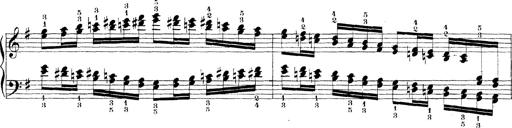
Title: Technische Studien
Composer: Franz Liszt